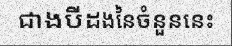
ជាងបីដងនៃចំនួននេះ